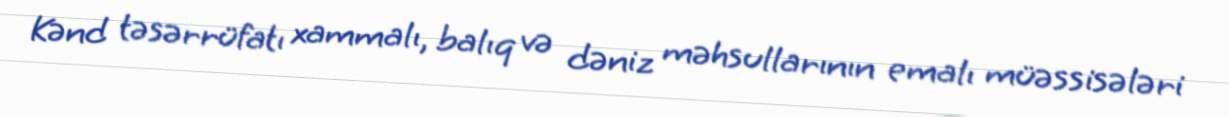
Kənd təsərrüfatı xammalı, balıq və dəniz məhsullarının emalı müəssisələri